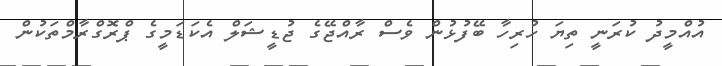
އުއްމީދު ކުރަނީ ތިޔަ ހުރިހާ ބޭފުޅުން ވެސް ރާއްޖޭގެ ޖުޑީޝަލް އެކަޑަމީގެ ޕްރޮގްރާމްތަކުން